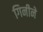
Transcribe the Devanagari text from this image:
गिनीने